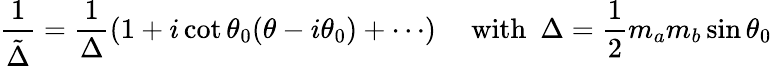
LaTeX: \frac{1}{\tilde{\Delta}}=\frac{1}{\Delta}(1+i\cot\theta_{0}(\theta-i\theta_{0})+\cdots)\quad~\mathrm{with}~~\Delta=\frac{1}{2}m_{a}m_{b}\sin\theta_{0}